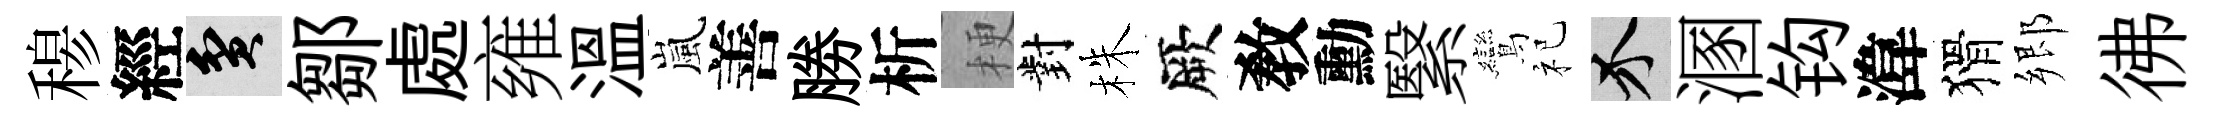
𥠇經貧鄒處雍溫嵐善勝析梗對株厥敎勳繄鸞祀介溷钩湋猾郷彿